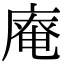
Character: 𢊊